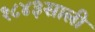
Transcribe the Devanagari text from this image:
१८४३साली